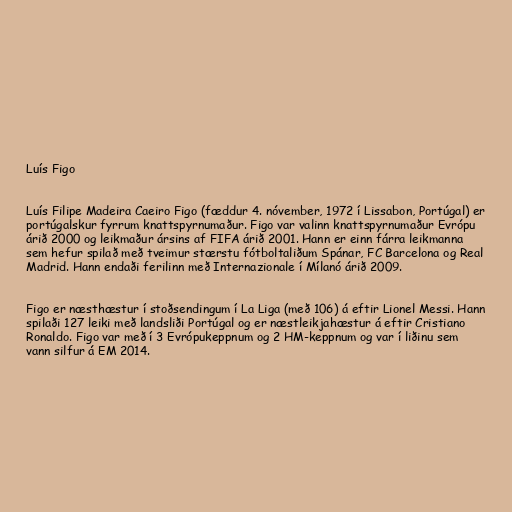
Luís Figo

Luís Filipe Madeira Caeiro Figo (fæddur 4. nóvember, 1972 í Lissabon, Portúgal) er
portúgalskur fyrrum knattspyrnumaður. Figo var valinn knattspyrnumaður Evrópu
árið 2000 og leikmaður ársins af FIFA árið 2001. Hann er einn fárra leikmanna
sem hefur spilað með tveimur stærstu fótboltaliðum Spánar, FC Barcelona og Real
Madrid. Hann endaði ferilinn með Internazionale í Mílanó árið 2009.

Figo er næsthæstur í stoðsendingum í La Liga (með 106) á eftir Lionel Messi. Hann
spilaði 127 leiki með landsliði Portúgal og er næstleikjahæstur á eftir Cristiano
Ronaldo. Figo var með í 3 Evrópukeppnum og 2 HM-keppnum og var í liðinu sem
vann silfur á EM 2014.